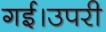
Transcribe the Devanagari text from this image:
गई।उपरी